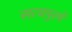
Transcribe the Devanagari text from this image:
सत्यपुरमें